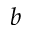
b